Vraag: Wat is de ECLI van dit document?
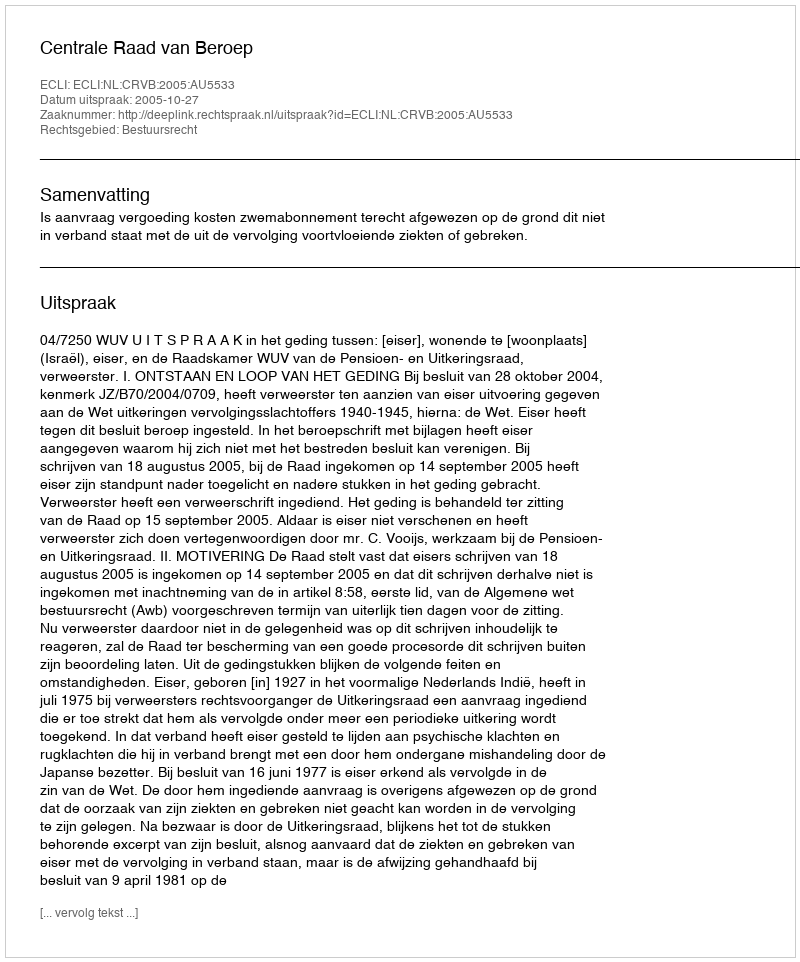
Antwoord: ECLI:NL:CRVB:2005:AU5533